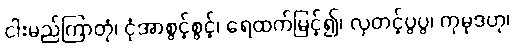
ငါးမည်ကြာတုံ၊ ငုံအာစွင့်စွင့်၊ ရေထက်မြင့်၍၊ လှတင့်ပွပွ၊ ကုမုဒဟု၊